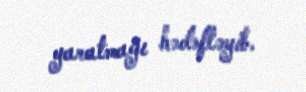
yaratmağı hədəfləyib.